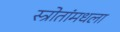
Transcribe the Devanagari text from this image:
स्त्रोतांमधला